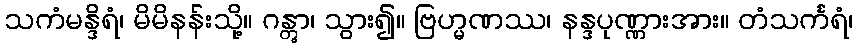
သကံမန္ဒိရံ၊ မိမိနန်းသို့။ ဂန္တွာ၊ သွား၍။ ဗြဟ္မဏဿ၊ နန္ဒပုဏ္ဏားအား။ တံသင်္ကရံ၊